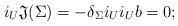
\begin{align*}i_U \mathfrak{J}(\Sigma) = - \delta_\Sigma i_U i_U b =0; \end{align*}